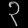
Digit: ၃